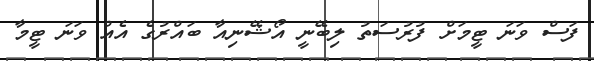
ފަސް ވަނަ ޓީމަށް ފުރުސަތު ލިބޭނީ އޯޝޭނިއާ ބައްރުގެ އެއް ވަނަ ޓީމާ